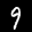
Label: 9